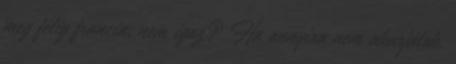
meg félig francia, nem igaz? Ha annyira nem akarjátok,